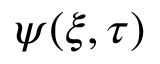
\psi ( \xi , \tau )